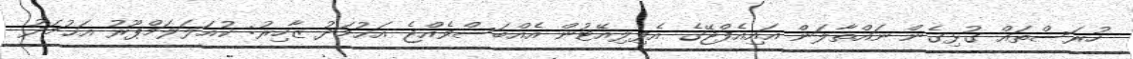
ހުރަސްތައް ގުޅިގެން ނައްތާލަން އައިއެފްޖޭގެ އެފިލިއޭޓުން އެއްބަސްވެއްޖެ އަޙުމަދު ޒާހިރު: ކުއަލަލަމްޕޫރު އަޙުމަދު